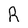
Character: R